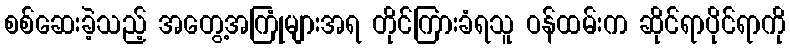
စစ်ဆေးခဲ့သည့် အတွေ့အကြုံများအရ တိုင်ကြားခံရသူ ဝန်ထမ်းက ဆိုင်ရာပိုင်ရာကို